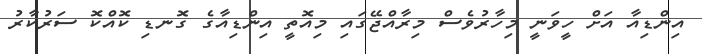
އިންޑިއާ އަށް ހީވަނީ މިހާރުވެސް މިރާއްޖޭގައި މިއޮތީ އިންޑިއާގެ ގޮނޑި ކޮއްކޮ ސަރުކާރު